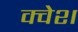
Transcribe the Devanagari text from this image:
क्वेश